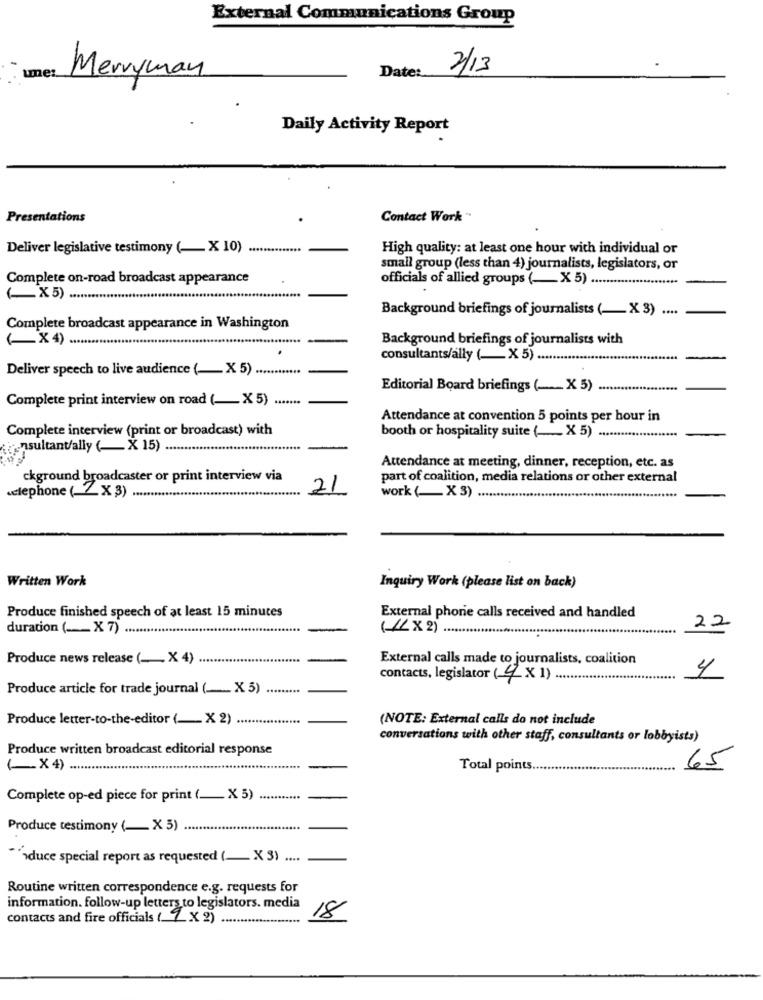
External Communications Group
Date:
2/13
Merryman
Daily Activity Report
Presentations
Contact Work "
Deliver legislative testimony ( __ X 10)
High quality: at least one hour with individual or
small group (less than 4) journalists, legislators, or
Complete on-road broadcast appearance
officials of allied groups ( __ X 5) ....
(-X5)
Background briefings of journalists (_ X 3) ....
Complete broadcast appearance in Washington
Background briefings of journalists with
( X4).
consultants/ally ( ___ X 5) ...
Deliver speech to live audience ( __ X 5)
Editorial Board briefings ( ____ X5) .....
Complete print interview on road (-X5) .......
Attendance at convention 5 points per hour in
Complete interview (print or broadcast) with
booth or hospitality suite ( __ X 5)
consultant/ally ( __ X 15)
Attendance at meeting, dinner, reception, etc. as
ckground broadcaster or print interview via
part of coalition, media relations or other external
21
«elephone ( __ X3) ............
work (_ X 3) ....
Written Work
Inquiry Work (please list on back)
Produce finished speech of at least 15 minutes
External phone calls received and handled
duration ( ___ X 7) ...
(4 X 2)
22
Produce news release ( ___ X 4)
External calls made to journalists, coalition
contacts, legislator (4×1)
4
Produce article for trade journal (_X 5)
......
Produce letter-to-the-editor (_ X 2)
(NOTE: External calls do not include
conversations with other staff, consultants or lobbyists)
Produce written broadcast editorial response
( X 4) ....
Total points.
65
Complete op-ed piece for print (_ X 5)
Produce testimony ( __ X 5)
induce special report as requested (_ X 3) ....
Routine written correspondence e.g. requests for
information. follow-up letters to legislators. media
contacts and fire officials ( 4×2)
18